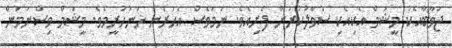
ޖަވާބާއެކު މީޝަމް އެކިއެކި ސުވާލުކުރަން ފެށިއެވެ. ނަމަވެސް އަހަރެން ހަނުހުރީމެވެ. މީޝަމް ވިސްނަމުން